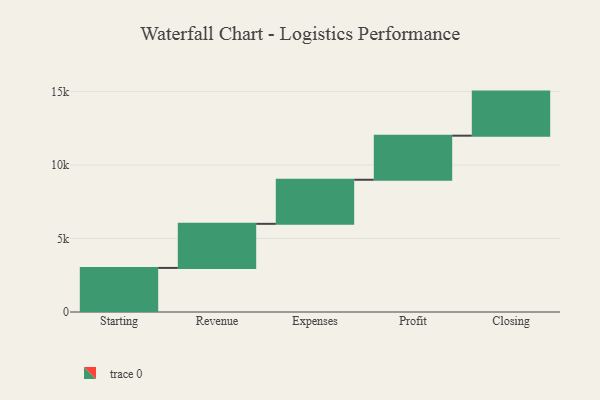
{"axis": {"x": "Step", "y": "Value"}, "legend": [""], "data": [{"x": "Starting", "y": 3000, "type": ""}, {"x": "Revenue", "y": 3000, "type": ""}, {"x": "Expenses", "y": 3000, "type": ""}, {"x": "Profit", "y": 3000, "type": ""}, {"x": "Closing", "y": 3000, "type": ""}]}